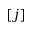
[ j ]